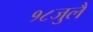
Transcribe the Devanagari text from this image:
१८जुलै